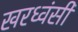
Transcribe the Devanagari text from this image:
खरध्वंसी